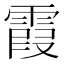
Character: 霞